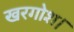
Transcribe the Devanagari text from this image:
खरगोश।